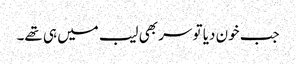
جب خون دیا تو سر بھی لیب میں ہی تھے۔